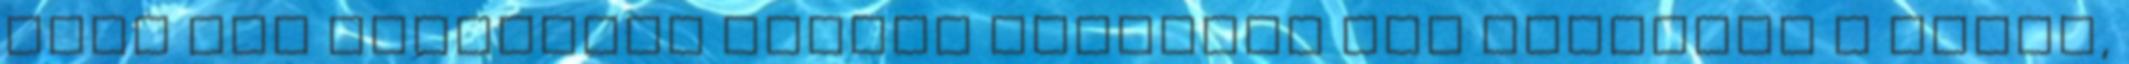
neki egy megfelelo helyet közlésre nem jogdijas a dolog,